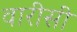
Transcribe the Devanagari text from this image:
वारीसी